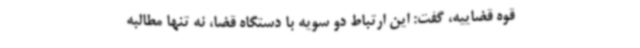
قوه قضاییه، گفت: این ارتباط دو سویه با دستگاه قضا، نه تنها مطالبه